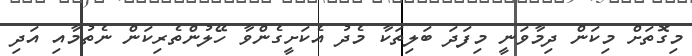
މިގޮތަށް މިކަން ދިމާވަނީ މިފަދަ ބަލިތަކާ މެދު އެކަށީގެންވާ ހޭލުންތެރިކަން ނެތުމާއި އަދި